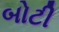
બોટી